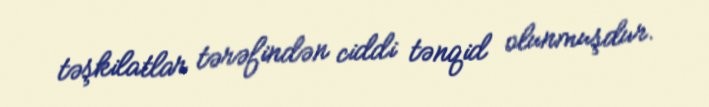
təşkilatlar tərəfindən ciddi tənqid olunmuşdur.